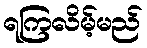
ရကြလိမ့်မည်